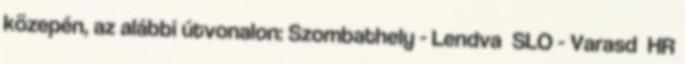
közepén, az alábbi útvonalon: Szombathely - Lendva SLO - Varasd HR